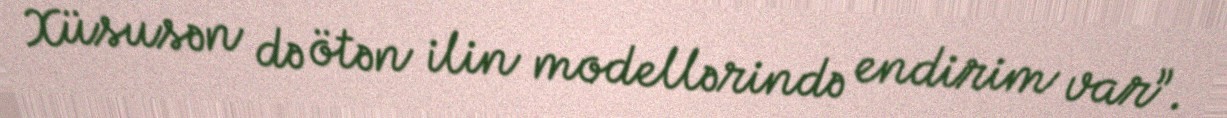
Xüsusən də ötən ilin modellərində endirim var”.